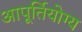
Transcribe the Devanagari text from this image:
आपूर्तियोग्य